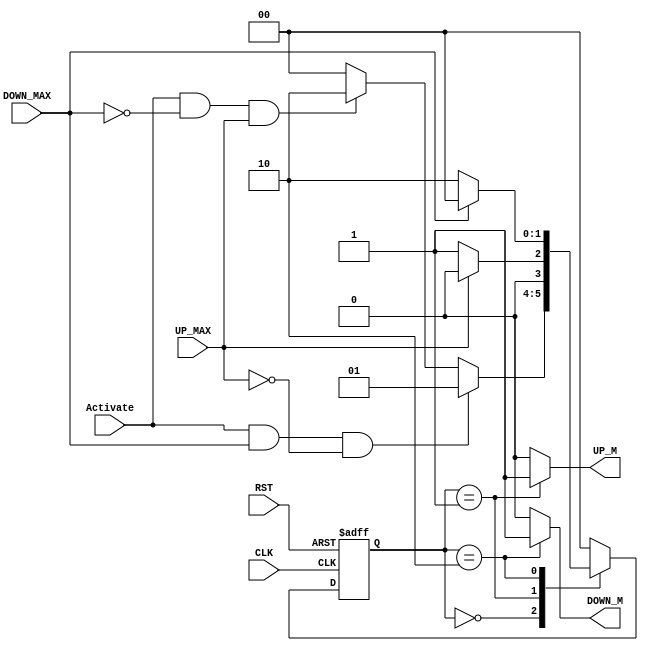

//********** inputs and outputs ports decleration *************//

module Door_Controller(
input   wire     CLK,
input   wire     RST,
input   wire     Activate,
input   wire     UP_MAX,
input   wire     DOWN_MAX,
output  reg      UP_M,
output  reg      DOWN_M
);


//********** FSM Encoding ************//

localparam      IDLE    = 2'b00,
                Mv_Up   = 2'b01,
                Mv_Dn   = 2'b10;
                
//********** internal signal ************//

reg  [1:0]      Current_State, Next_State;


//********** Active Low Asynchronous Rest and State transition ************//

always @(posedge CLK or negedge RST)
 begin
  if(!RST)
   begin
     Current_State <= IDLE ;
   end
  else
   begin
     Current_State <= Next_State ;
   end
end

 
 //********** Next State Logic ************//
 
 
always @ (*)
  begin
    case(Current_State)
     IDLE: begin
            if( Activate && DOWN_MAX && !UP_MAX )
              begin
             Next_State = Mv_Up;
           end
            else if(Activate && !DOWN_MAX && UP_MAX )
              begin
             Next_State = Mv_Dn;
           end
            else
              begin
             Next_State = IDLE;
           end
            end
    Mv_Up: begin
            if(UP_MAX)
              begin
             Next_State = IDLE;
           end
            else
              begin
             Next_State = Mv_Up;
              end
            end
    Mv_Dn: begin
            if(DOWN_MAX)
              begin
             Next_State = IDLE;
             end
            else
              begin
             Next_State = Mv_Dn;
           end
            end
    default: begin
             Next_State = IDLE;
             end         
           
  endcase
end
  
  //********** Output Logic ************//
  
always @(*)
 begin
  UP_M    = 1'b0;
  DOWN_M  = 1'b0;
  
   case (Current_State)
   IDLE   :  begin
            UP_M = 1'b0 ;
            DOWN_M = 1'b0 ;
             end
   Mv_Up  :  begin
            UP_M = 1'b1 ;
             end
   Mv_Dn  :  begin
            DOWN_M = 1'b1 ;
             end
   default:  begin
            UP_M = 1'b0 ;
            DOWN_M = 1'b0 ;
             end  
   endcase
   
 end
   
 endmodule